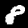
Label: 8